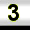
Digit: 3